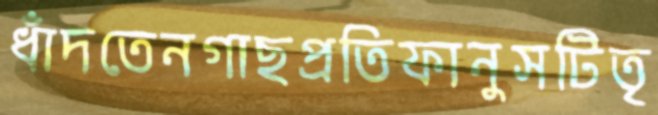
ধাঁদতেনগাছপ্রতিফানুসটিতৃ